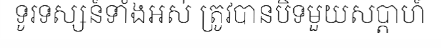
ទូរទស្សន៍ទាំងអស់ ត្រូវបានបិទមួយសប្តាហ៍